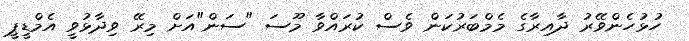
ހުޅުހެންވޭރު ދާއިރާގެ މެމްބަރުކަން ވެސް ކުރައްވާ މޫސަ "ސަން"އަށް މިރޭ ވިދާޅުވީ އެމްޑީޕީ